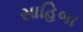
સાહિબા